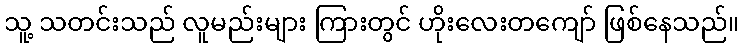
သူ့ သတင်းသည် လူမည်းများ ကြားတွင် ဟိုးလေးတကျော် ဖြစ်နေသည်။